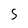
Character: 5